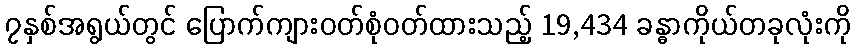
၇နှစ်အရွယ်တွင် ပြောက်ကျားဝတ်စုံဝတ်ထားသည့် 19,434 ခန္ဓာကိုယ်တခုလုံးကို